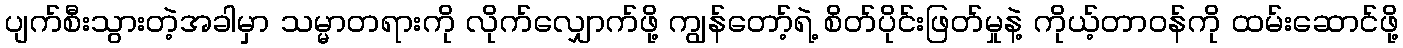
ပျက်စီးသွားတဲ့အခါမှာ သမ္မာတရားကို လိုက်လျှောက်ဖို့ ကျွန်တော့်ရဲ့ စိတ်ပိုင်းဖြတ်မှုနဲ့ ကိုယ့်တာဝန်ကို ထမ်းဆောင်ဖို့